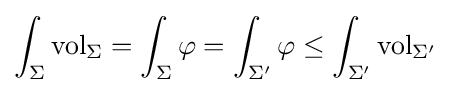
\int _{\Sigma }\mathrm {vol} _{\Sigma }=\int _{\Sigma }\varphi =\int _{\Sigma '}\varphi \leq \int _{\Sigma '}\mathrm {vol} _{\Sigma '}